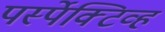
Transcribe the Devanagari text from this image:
पर्स्पेक्टिव्ह